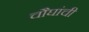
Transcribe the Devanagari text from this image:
चौघांची